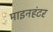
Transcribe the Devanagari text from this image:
माइनहंटर